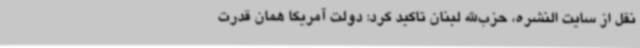
نقل از سایت النشره، حزب‌الله لبنان تاکید کرد: دولت آمریکا همان قدرت